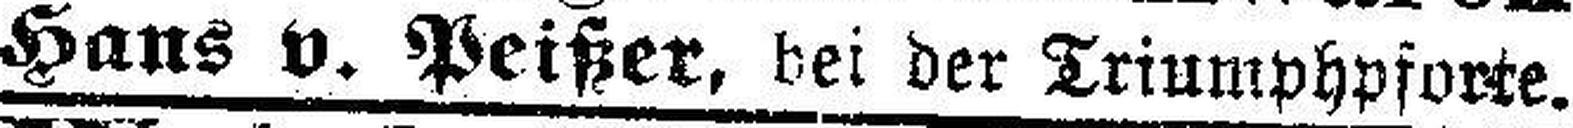
Hans v. Peißer, bei der Triumphpforte.